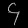
Digit: ၄